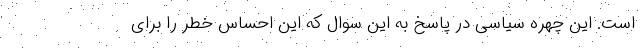
است. این چهره سیاسی در پاسخ به این سوال که این احساس خطر را برای